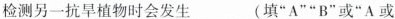
检测另一抗旱植物时会发生_(填”A””B”或”A